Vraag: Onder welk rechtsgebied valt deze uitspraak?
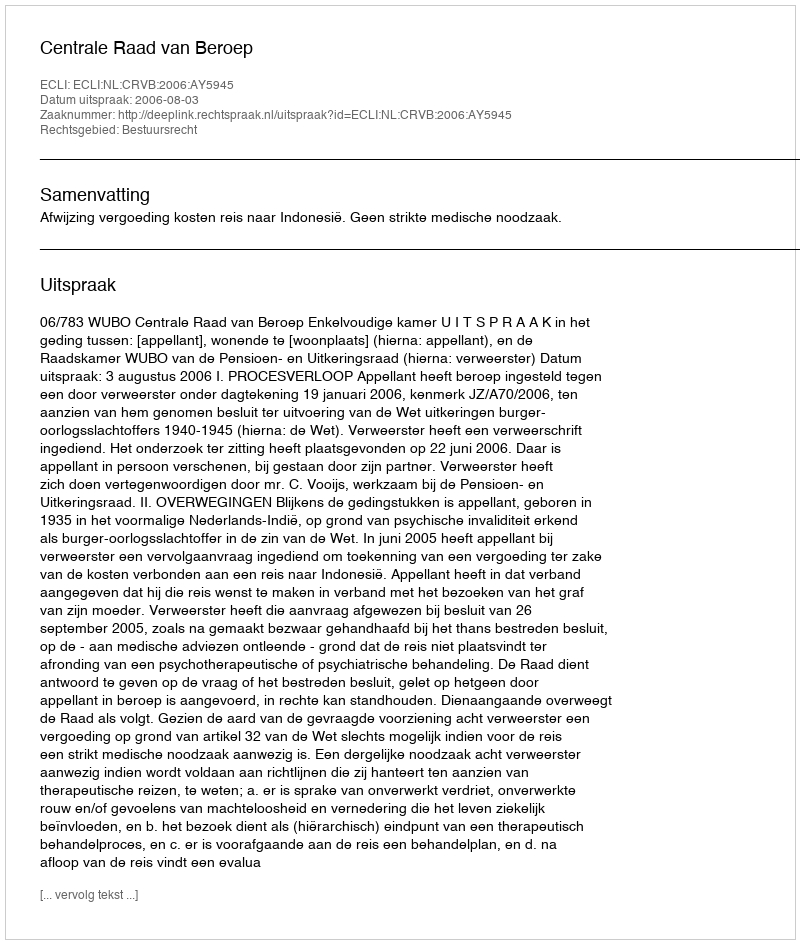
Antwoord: Bestuursrecht